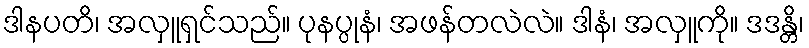
ဒါနပတိ၊ အလှူရှင်သည်။ ပုနပ္ပုနံ၊ အဖန်တလဲလဲ။ ဒါနံ၊ အလှူကို။ ဒဒန္တိ၊